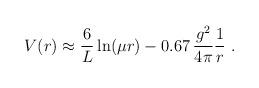
LaTeX: \begin{align*}V(r) \approx \frac{6}{L} \ln (\mu r) -0.67 \,\frac{g^2}{4\pi}\frac{1}{r} \ .\end{align*}